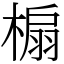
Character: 㮼